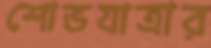
শোভযাত্রার